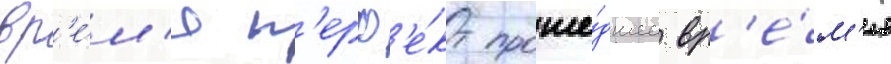
вр'е́м'я п'ерф'е́кт проше́дшее вр'е́м'я